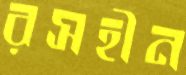
রসহীন